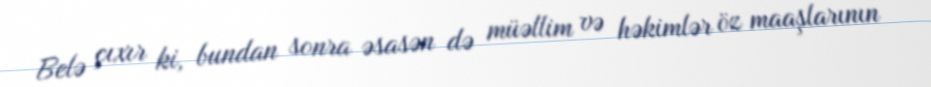
Belə çıxır ki, bundan sonra əsasən də müəllim və həkimlər öz maaşlarının